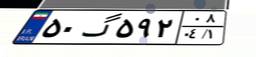
۵۰گ۵۹۲۰۸